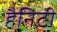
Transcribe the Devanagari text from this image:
हैनिटी